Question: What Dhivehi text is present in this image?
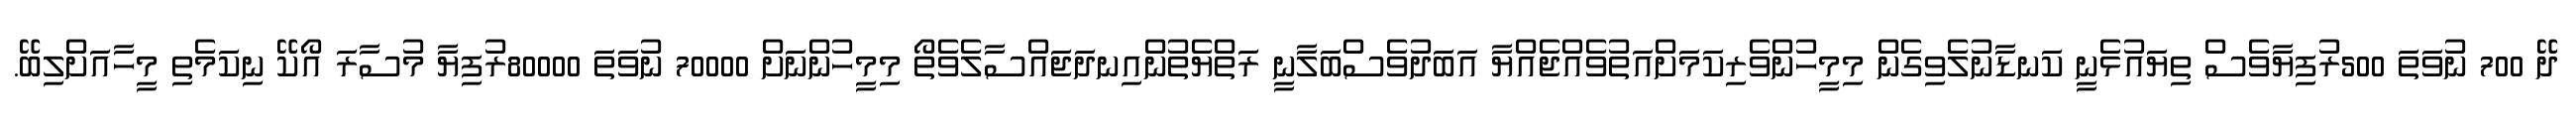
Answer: ދޭ 700 ނުވަތަ 500ރުފިޔާވެސް ތިޔައުޅެނީ ކަނޑާނުލެވިގެން މިމީހުންވެރިކަމަށްއަތުވެއްޖެއްޔާ އަބަދުވެސްބަލާނީ ރަތްޔެތުންއިނދަޖައްސާލެވެތޯ މިމީހުންނަށް 70000 ނުވަތަ 80000ރުފިޔާ މުސާރަ އޯކޭ ނިކަމެތި މީހާއަށްލިބޭ.